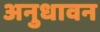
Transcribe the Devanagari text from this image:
अनुधावन